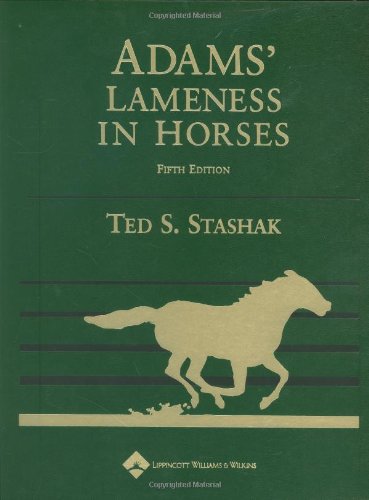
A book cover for Adams' Lameness in Horses, Revised Reprint; Medical Books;